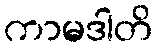
ကာမဒါတိ